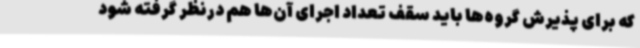
که برای پذیرش گروه‌ها باید سقف تعداد اجرای آن‌ها هم درنظر گرفته شود